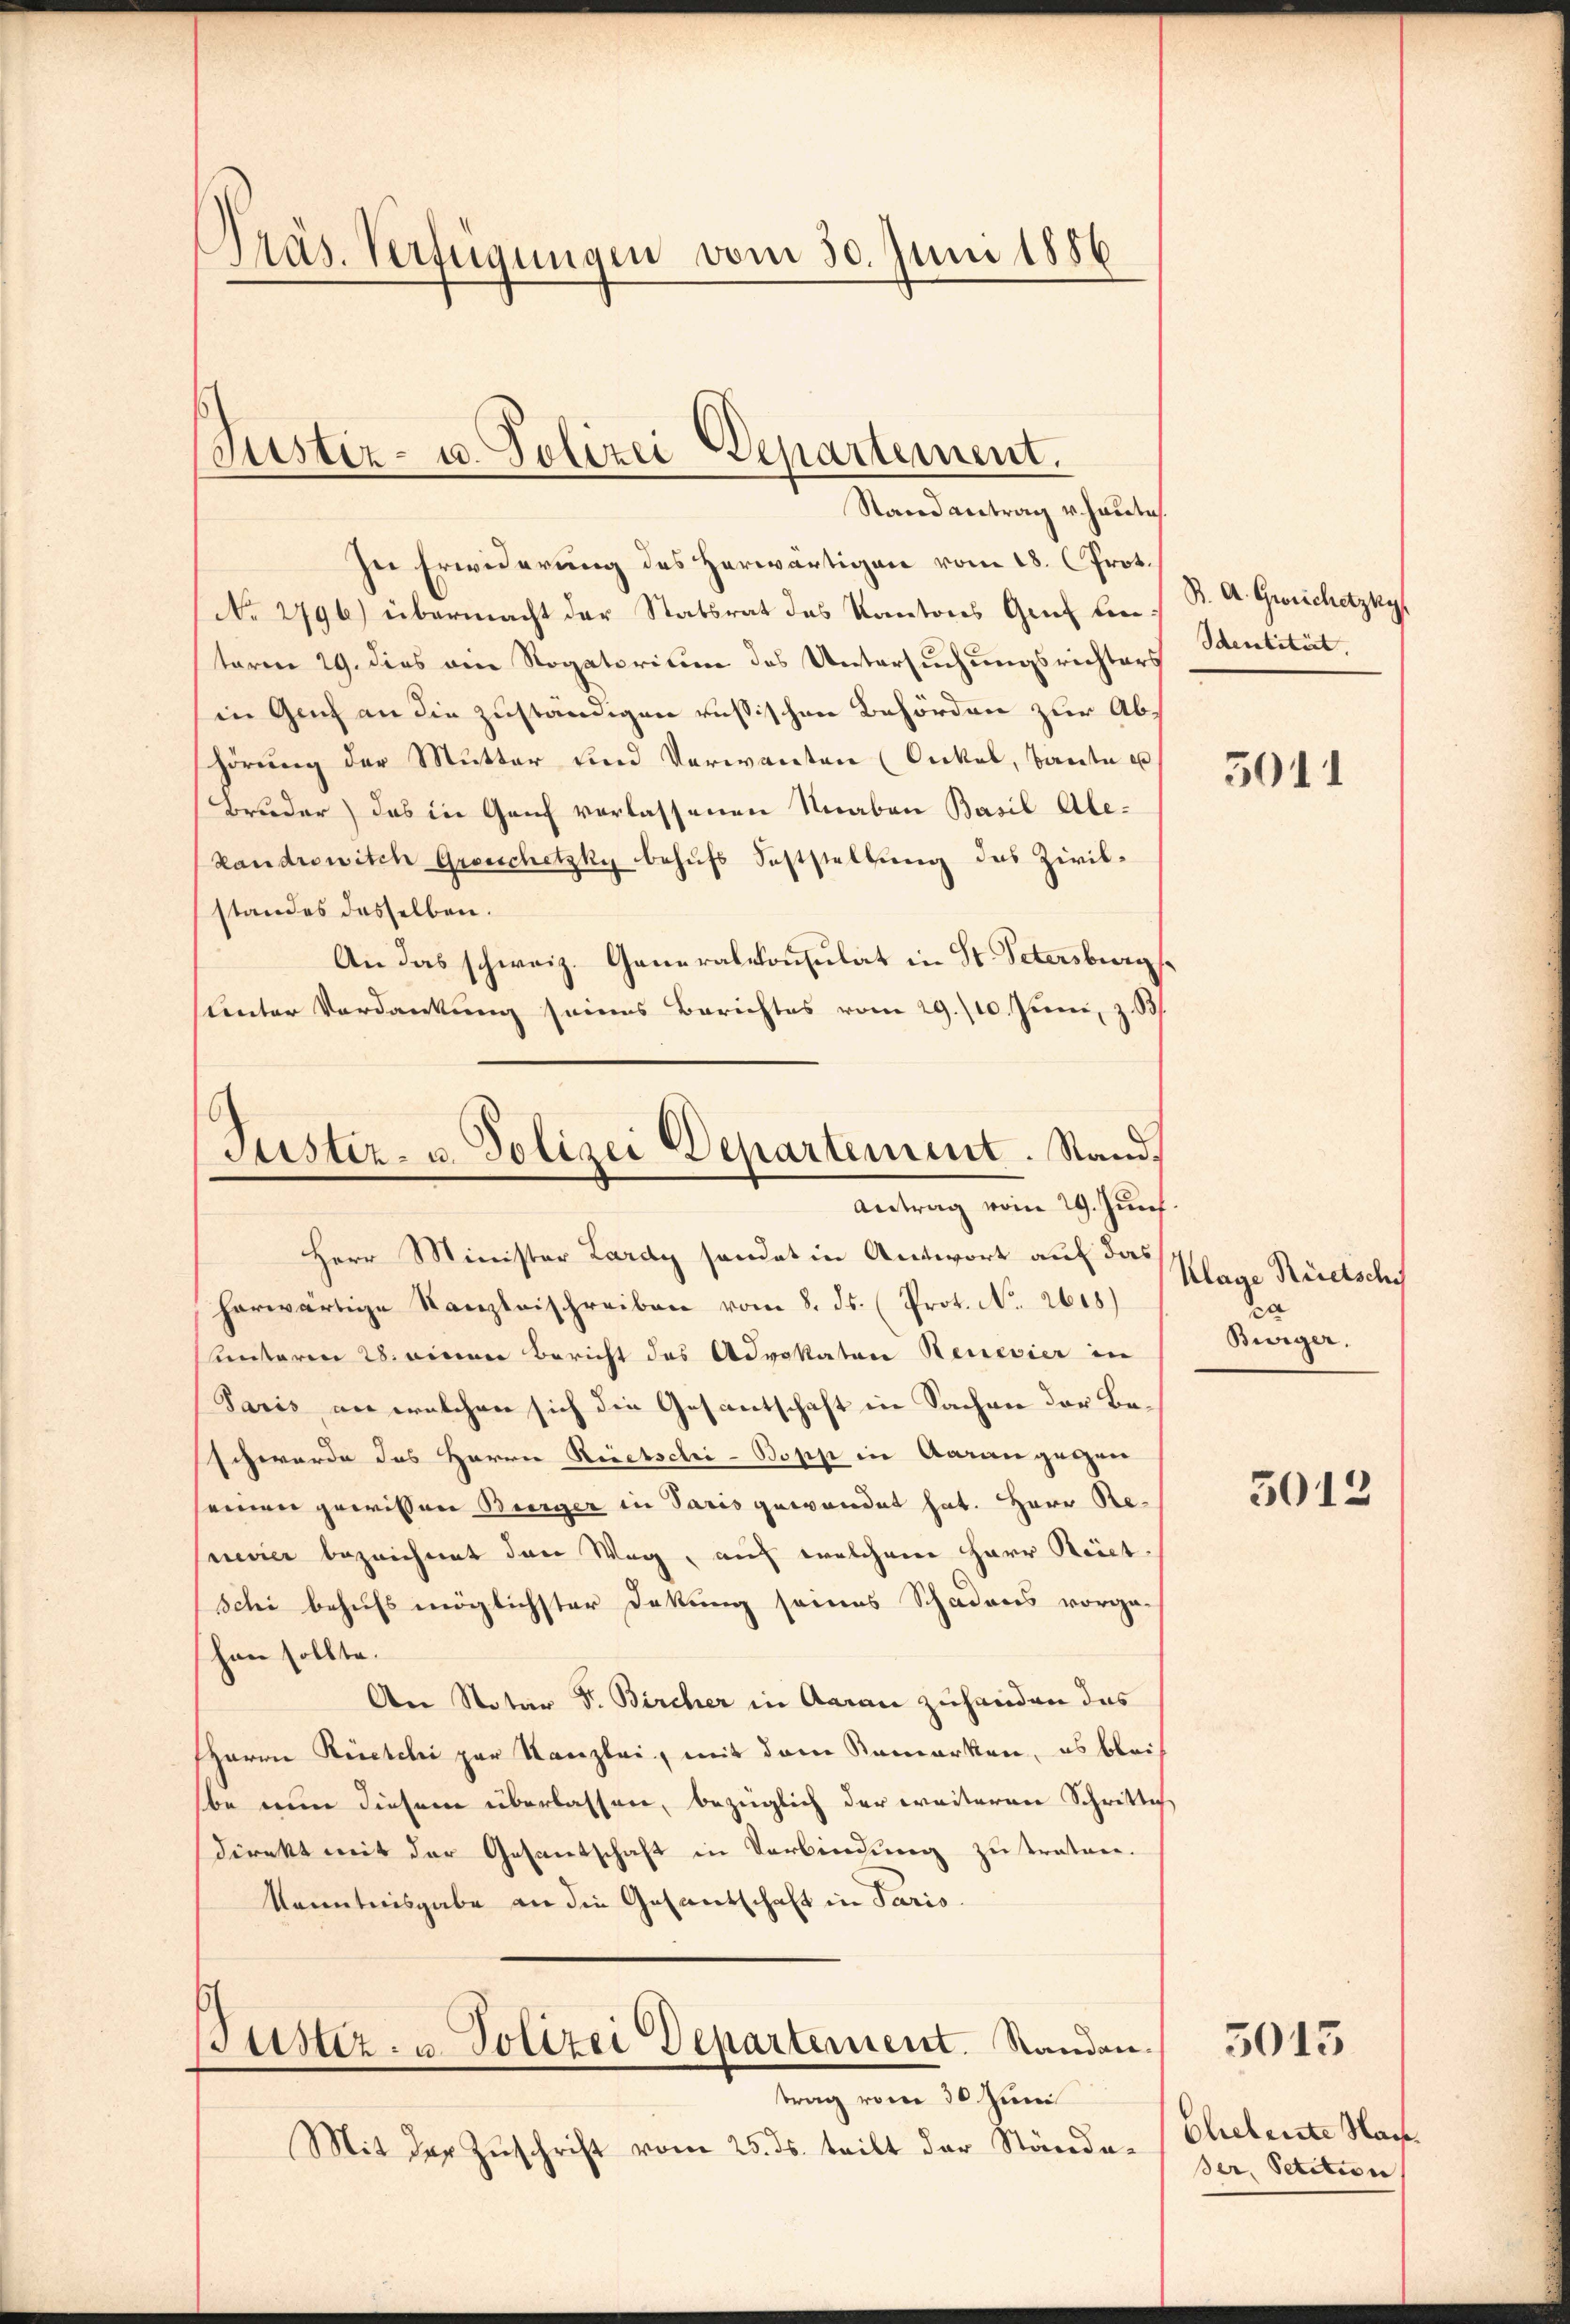
Präs. Verfügungen vom 30. Juni 1886

Justiz- u. Polizei Departement.
Stand antrag v. heute.

In Erwiderung des Herwärtigen vom 18. Prot.
No 2796) übermacht der Statsrat des Kantons Genf unterm 29. dies ein Rogatorium des Untersuchungsrichters
in Geich an die zuständigen russischen Behörden zur Abs
hörung der Mutter und Verwanten (Onkel, Baute u
Bruder) das in Genf verlassenen Knaben Basil Ale¬
Landrewitch Grosschetzky behufs Feststellung des Zivilstandes desselben.
An das schweiz. Generalkonsulat in St. Petersburg
unter Verdankung seines Berichtes vom 29./10. Juni, z. B.
herwärtige Kanzleischreiben vom 8. ds. (Prot. No. 2618)
unteren 28. einer Bericht des Advokaten Renevier in
Saris an welchen sich die Gesantschaft in Sachen der Beschwerde des Herrn Rietschi-Bopp in Aarau gegen
seinen gewissen Bürger in Paris gewandet hat. Herr Renevier bezeichnet dann Weg, auf welchem Herr Rect.
schi behufs möglichster Dokung seines Schadens vorge-
han sollte.
An Notar F. Bircher in Aarau zuhanden das
HHerrn Rieschi par Kanzlei, mit dem Remarken, es bleib
be nun diesem überlassen, bezüglich der weiteren Schritte
direkt mit der Gesantschaft in Verbindung zu traten.
Kenntnisgabe an die Gesantschaft in Paris
Justiz- u. Polizei Departement. Randen.
trag vom 30 Juni
Mit der Zuschrift vom 25. ds. teilt der Stände¬

Justiz- u. Polizei Departement. Stand.
Antrag vom 29. Zunf
Herr Minister Lardy sondet in Antwort auf das

S. A. Gerichetzky
Identität.

5011

Klage Rücksch
Burger.

3012

5015

Eheleute Nach
ßer, Petitio er